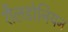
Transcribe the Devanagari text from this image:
शैलडोनियन